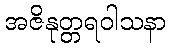
အဇိနုတ္တရဝါသနာ